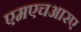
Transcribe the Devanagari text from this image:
एमएचआरए